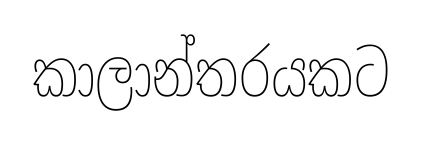
කාලාන්තරයකට